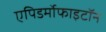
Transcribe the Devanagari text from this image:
एपिडर्मोफाइटॉन